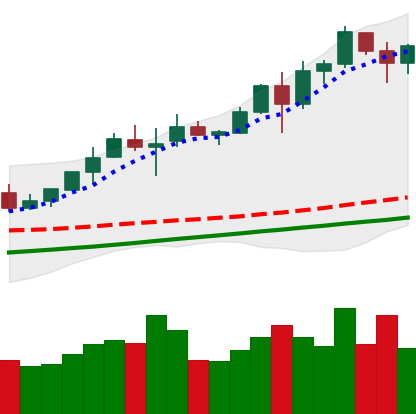
Ticker: BNB-USD
Chart end date: 2020-08-08
Forward return: -3.508%
Label: down_3_5